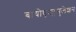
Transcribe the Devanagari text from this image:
बायोएक्युमुलेशन